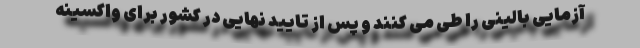
آزمایی بالینی را طی می کنند و پس از تایید نهایی در کشور برای واکسینه